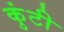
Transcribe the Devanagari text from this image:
कुंटी